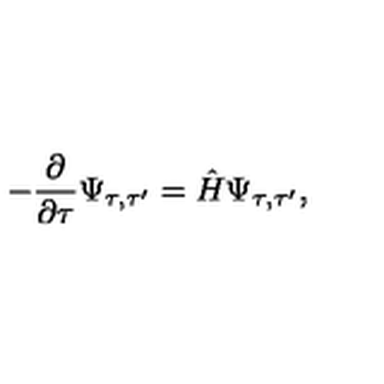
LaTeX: - \frac { \partial } { \partial \tau } \Psi _ { \tau , \tau ^ { \prime } } = \hat { H } \Psi _ { \tau , \tau ^ { \prime } } ,